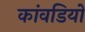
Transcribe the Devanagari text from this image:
कांवडियों